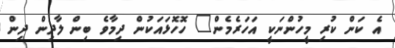
އެ ކަން ކުރި މީހުންނަކީ އަހަރެމެން" ހޮހޮޅައަކުން ދިމާވެ ބިން ލާދިން ދިން